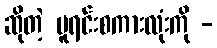
ဆိုတဲ့ မူရင်းစကားလုံးကို -